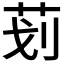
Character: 𰰲